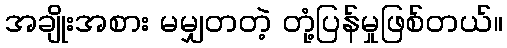
အချိုးအစား မမျှတတဲ့ တုံ့ပြန်မှုဖြစ်တယ်။